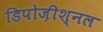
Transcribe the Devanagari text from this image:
डिपोज़ीश्नल